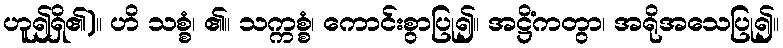
ဟူ၍ရှိ၏)။ ဟိ သစ္စံ၊ ၏။ သက္ကစ္စံ၊ ကောင်းစွာပြု၍။ အဋ္ဌိံကတွာ၊ အရိုအသေပြု၍။